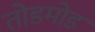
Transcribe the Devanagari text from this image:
तोडमोड